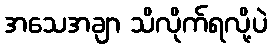
အသေအချာ သိလိုက်ရလို့ပဲ